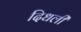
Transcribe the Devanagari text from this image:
दिधली